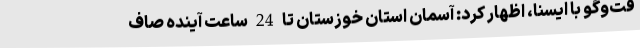
فت‌وگو با ایسنا، اظهار کرد: آسمان استان خوزستان تا 24 ساعت آینده صاف